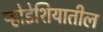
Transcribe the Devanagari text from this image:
र्‍होडेशियातील